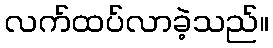
လက်ထပ်လာခဲ့သည်။